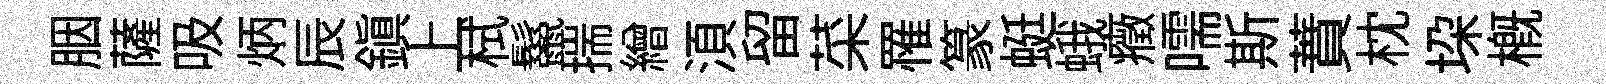
胭薩吸炳辰鎮上栻鬣揣繒湏留菜罹篆蜓蛾癥嚅斯蕡枕垜槪